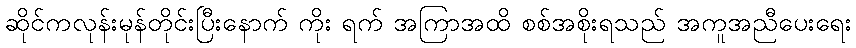
ဆိုင်ကလုန်းမုန်တိုင်းပြီးနောက် ကိုး ရက် အကြာအထိ စစ်အစိုးရသည် အကူအညီပေးရေး